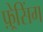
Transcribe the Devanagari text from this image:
फ़्रेसिंग